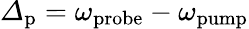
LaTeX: {\mathit\Delta}_{\mathrm{p}}=\omega_{\mathrm{probe}}-\omega_{\mathrm{pump}}